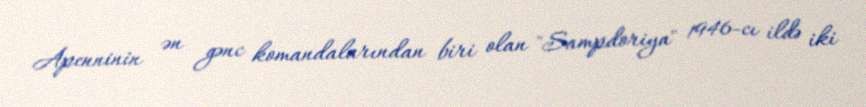
Apenninin ən gənc komandalarından biri olan "Sampdoriya" 1946-cı ildə iki